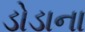
ડોડાના